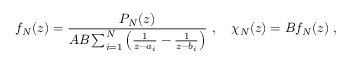
f _ { \cal N } ( z ) = { \frac { P _ { \cal N } ( z ) } { { \cal A } { \cal B } \sum _ { i = 1 } ^ { \cal N } \left( { \frac { 1 } { z - a _ { i } } } - { \frac { 1 } { z - b _ { i } } } \right) } } \ , \quad \chi _ { \cal N } ( z ) = { \cal B } f _ { \cal N } ( z ) \ ,